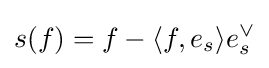
s(f)=f-\langle f,e_{s}\rangle e_{s}^{\vee }